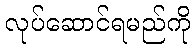
လုပ်ဆောင်ရမည်ကို